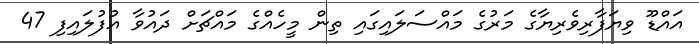
އައްޑޫ ވިޔަފާރިވެރިޔާގެ މަރުގެ މައްސަލައިގައި ތިން މީހެއްގެ މައްޗަށް ދައުވާ އުފުލައިފި 47